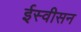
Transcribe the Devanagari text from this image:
ईस्वीसन